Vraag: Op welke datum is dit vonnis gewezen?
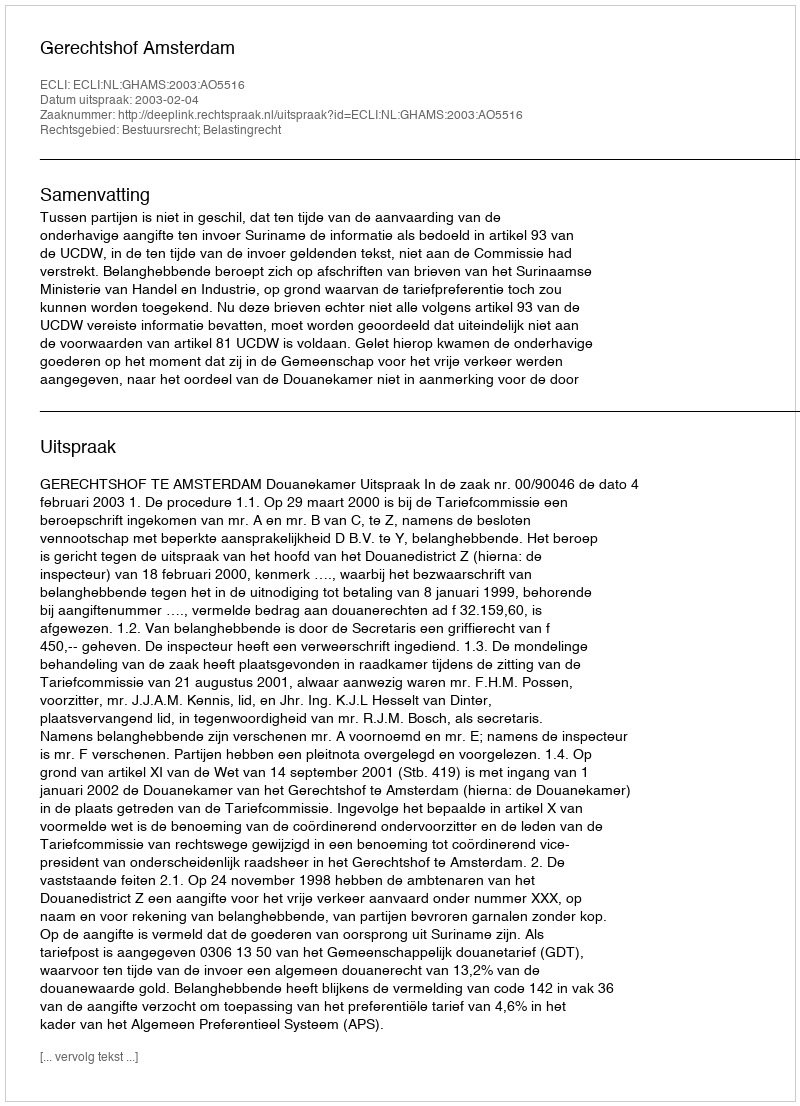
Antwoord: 2003-02-04